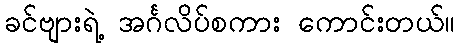
ခင်ဗျားရဲ့ အင်္ဂလိပ်စကား ကောင်းတယ်။